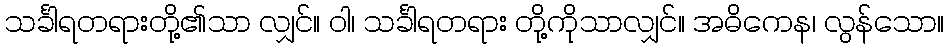
သင်္ခါရတရားတို့၏သာ လျှင်။ ဝါ၊ သင်္ခါရတရား တို့ကိုသာလျှင်။ အဓိကေန၊ လွန်သော။